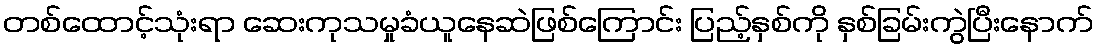
တစ်ထောင့်သုံးရာ ဆေးကုသမှုခံယူနေဆဲဖြစ်ကြောင်း ပြည့်နှစ်ကို နှစ်ခြမ်းကွဲပြီးနောက်